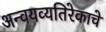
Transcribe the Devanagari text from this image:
अन्वयव्यतिरेकाचे